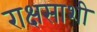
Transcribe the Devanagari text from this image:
राक्षसाशी